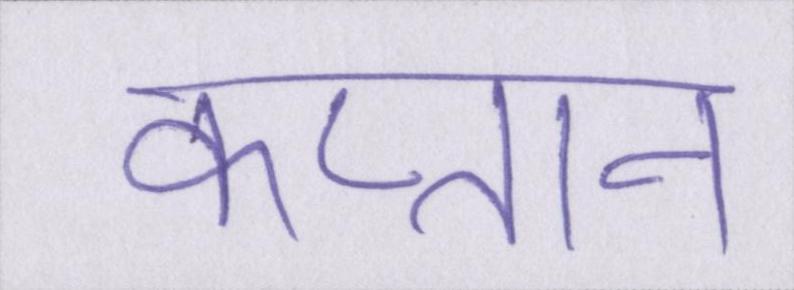
कप्तान